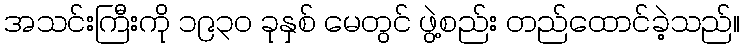
အသင်းကြီးကို ၁၉၃၀ ခုနှစ် မေတွင် ဖွဲ့စည်း တည်ထောင်ခဲ့သည်။